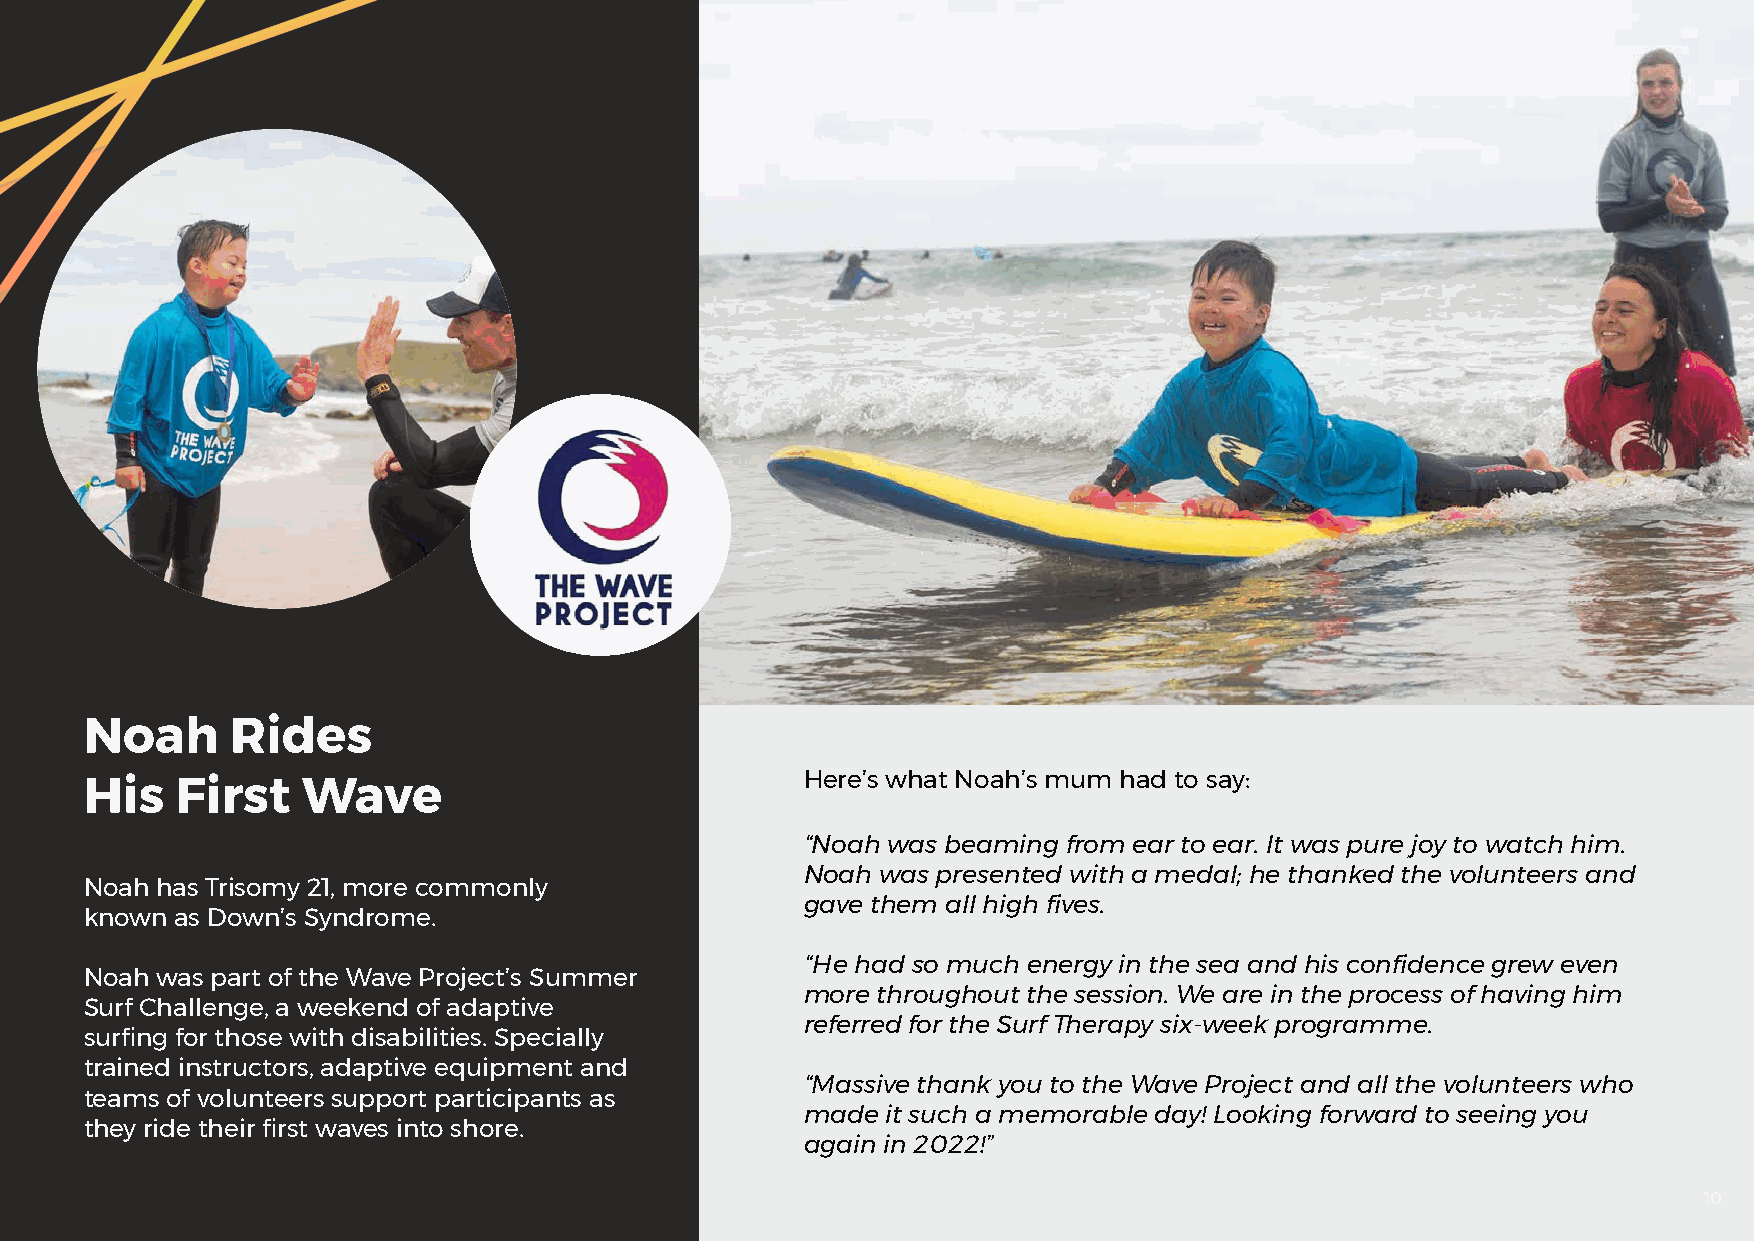
Noah     Rides
 Here’s what Noah’s mum had to say:
 His   First   Wave
 “Noah was beaming from ear to ear. It was pure joy to watch him.
 Noah was presented with a medal; he thanked the volunteers and
 Noah has Trisomy 21, more commonly
 gave them all high fives.
 known as Down’s Syndrome.
 “He had so much energy in the sea and his confidence grew even
 Noah was part of the Wave Project’s Summer
 more throughout the session. We are in the process of having him
 Surf Challenge, a weekend of adaptive
 referred for the Surf Therapy six-week programme.
 surfing for those with disabilities. Specially
 trained instructors, adaptive equipment and
 “Massive thank you to the Wave Project and all the volunteers who
 teams of volunteers support participants as
 made  it such a memorable day! Looking forward to seeing you
 they ride their first waves into shore.
 again in 2022!”
 10